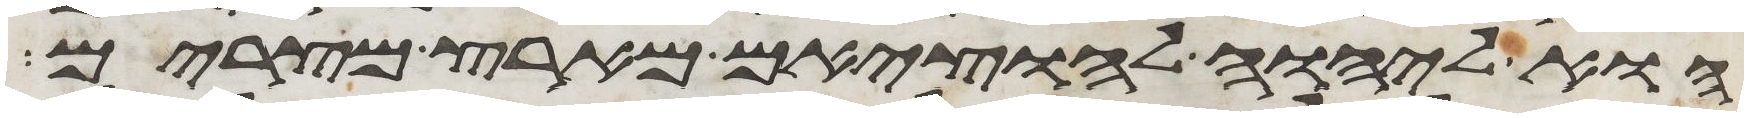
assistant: הוא ליהוה להוציאם מארץ מצרים